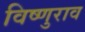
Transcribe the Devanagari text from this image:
विष्णुराव